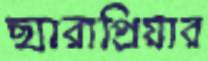
ছ্যারাপ্রিয়ার